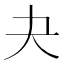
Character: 夬